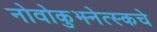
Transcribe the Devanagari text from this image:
नोवोकुझ्नेत्स्कचे